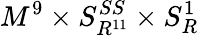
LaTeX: M^{9}\times S_{R^{11}}^{SS}\times S_{R}^{1}